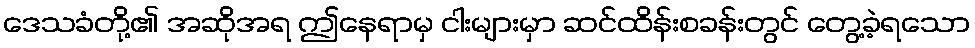
ဒေသခံတို့၏ အဆိုအရ ဤနေရာမှ ငါးများမှာ ဆင်ထိန်းစခန်းတွင် တွေ့ခဲ့ရသော